Vaccine operations Central Provinces 1868-1885 - 1868-1885
Year: 1868
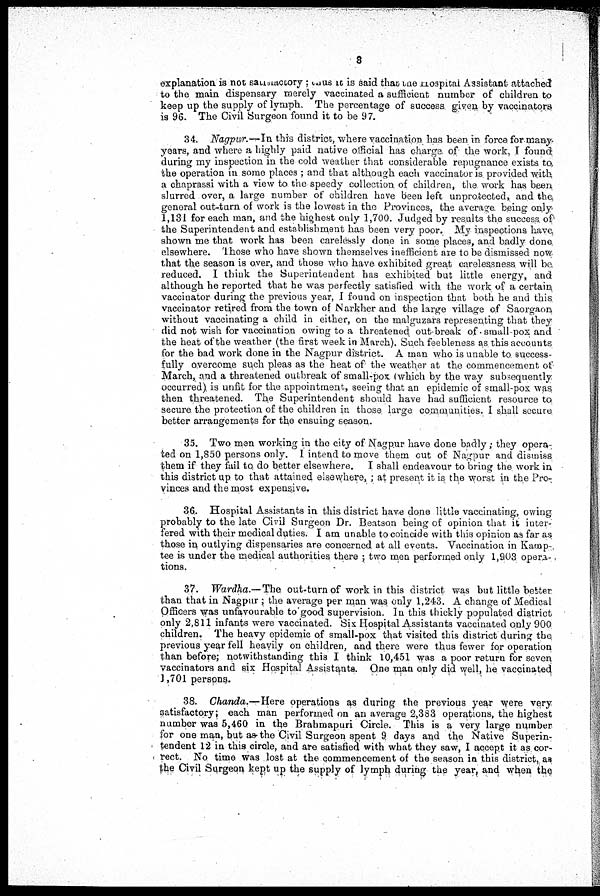
8
explanation is not satisfactory ; thus it is said that the Hospital Assistant attached
to the main dispensary merely vaccinated a sufficient number of children to
keep up the supply of lymph. The percentage of success given by vaccinators
is 96. The Civil Surgeon found it to be 97.
34. Nagpur.—In this district, where vaccination has been in force for many
years, and where a highly paid native official has charge of the work. I found
during my inspection in the cold weather that considerable repugnance exists to
the operation in some places ; and that although each vaccinator is provided with
a chaprassi with a view to the speedy collection of children, the work has been
slurred over, a large number of children have been left unprotected, and the
general out-turn of work is the lowest in the Provinces, the average being only
1,131 for each man, and the highest only 1,700. Judged by results the success of
the Superintendent and establishment has been very poor. My inspections have
shown me that work has been carelessly done in some places, and badly done
elsewhere. Those who have shown themselves inefficient are to be dismissed now.
that the season is over, and those who have exhibited great carelessness will be
reduced. I think the Superintendent has exhibited but little energy, and
although he reported that he was perfectly satisfied with the work of a certain
vaccinator during the previous year, I found on inspection that both he and this
vaccinator retired from the town of Narkher and the large village of Saorgaon
without vaccinating a child in either, on the malguzars representing that they
did not wish for vaccination owing to a threatened out-break of small-pox and
the heat of the weather (the first week in March). Such feebleness as this accounts
for the bad work done in the Nagpur district. A man who is unable to success-
fully overcome such pleas as the heat of the weather at the commencement of
March, and a threatened outbreak of small-pox (which by the way subsequently
occurred) is unfit for the appointment, seeing that an epidemic of small-pox was
then threatened. The Superintendent should have had sufficient resource to
secure the protection of the children in those large communities. I shall secure
better arrangements for the ensuing season.
35. Two men working in the city of Nagpur have done badly; they opera-
ted on 1,850 persons only. I intend to move them cut of Nagpur and dismiss
them if they fail to, do better elsewhere. I shall endeavour to bring the work in
this district up to that attained elsewhere, ; at present it is the worst in the Pro-
vinces and the most expensive.
36. Hospital Assistants in this district have done little vaccinating, owing
probably to the late Civil Surgeon Dr. Beatson being of opinion that it inter-
fered with their medical duties. I am unable to coincide with this opinion as far as
those in outlying dispensaries are concerned at all events. Vaccination in Kamp-.
tee is under the medical authorities there ; two men performed only 1,903 opera-
tions.
37. Wardha.—The out-turn of work in this district was but little better
than that in Nagpur; the average per man was only 1,243. A change of Medical
Officers was unfavourable to good supervision. In this thickly populated district
only 2,811 infants were vaccinated. Six Hospital Assistants vaccinated only 900
children. The heavy epidemic of small-pox that visited this district during the,
previous year fell heavily on children, and there were thus fewer for operation
than before; notwithstanding this I think 10,451 was a poor return for seven
vaccinators and six Hospital Assistants. One man only did well, he vaccinated
1,701 persons.
38. Chanda.—Here operations as during the previous year were very
satisfactory; each man performed on an average 2,383 operations, the highest
number was 5,460 in the Brahmapuri Circle. This is a very large number
for one man, but as the Civil Surgeon spent 9 days and the Native Superin-
tendent 12 in this circle, and are satisfied with what they saw, I accept it as cor-
rect. No time was lost at the commencement of the season in this district, as
the Civil Surgeon kept up the supply of lymph during the year, and when the